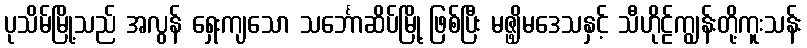
ပုသိမ်မြို့သည် အလွန် ရှေးကျသော သင်္ဘောဆိပ်မြို့ ဖြစ်ပြီး မဇ္ဖျိမဒေသနှင့် သီဟိုဠ်ကျွန်းတို့ကူးသန်း